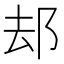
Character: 𨚫